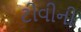
ટીવીની